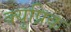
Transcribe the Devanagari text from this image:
क्युप्रिक